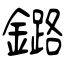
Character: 鏴